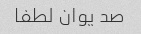
صد یوان لطفا